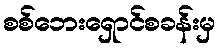
စစ်ဘေးရှောင်စခန်းမှ